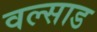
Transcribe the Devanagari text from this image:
वल्साड